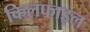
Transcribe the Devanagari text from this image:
किलफाइल